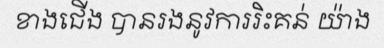
ខាងជើង បានរងនូវការរិះគន់ យ៉ាង